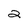
Character: 2